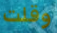
وقلت